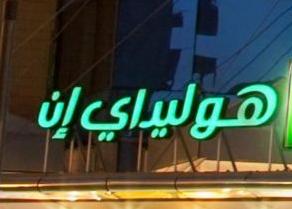
هوليداي إن